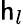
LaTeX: \mathsf{h}_{l}